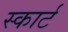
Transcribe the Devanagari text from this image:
स्कार्ट